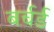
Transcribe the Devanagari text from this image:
बर्चर्ड